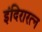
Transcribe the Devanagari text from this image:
इंदिरारत्‍न